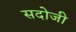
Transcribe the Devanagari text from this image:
सदोजी